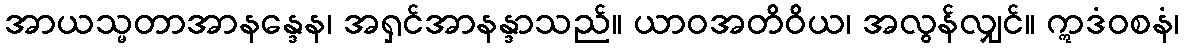
အာယသ္မတာအာနန္ဒေန၊ အရှင်အာနန္ဒာသည်။ ယာဝအတိဝိယ၊ အလွန်လျှင်။ ဣဒံဝစနံ၊